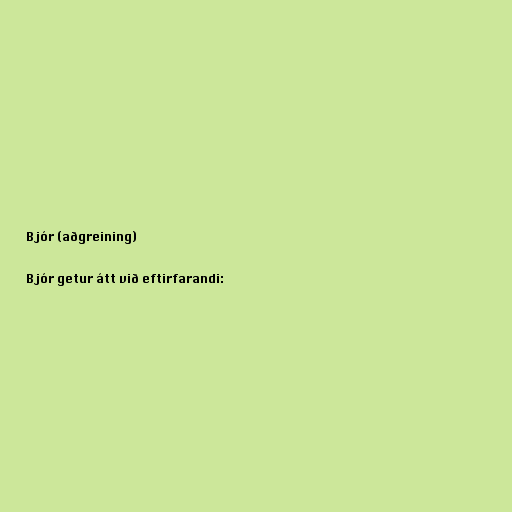
Bjór (aðgreining)

Bjór getur átt við eftirfarandi: